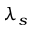
\lambda _ { s }